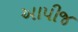
આપીજ